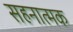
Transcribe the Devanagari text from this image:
सहनात्मक